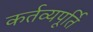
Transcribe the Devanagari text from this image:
कर्तव्यपूर्ति